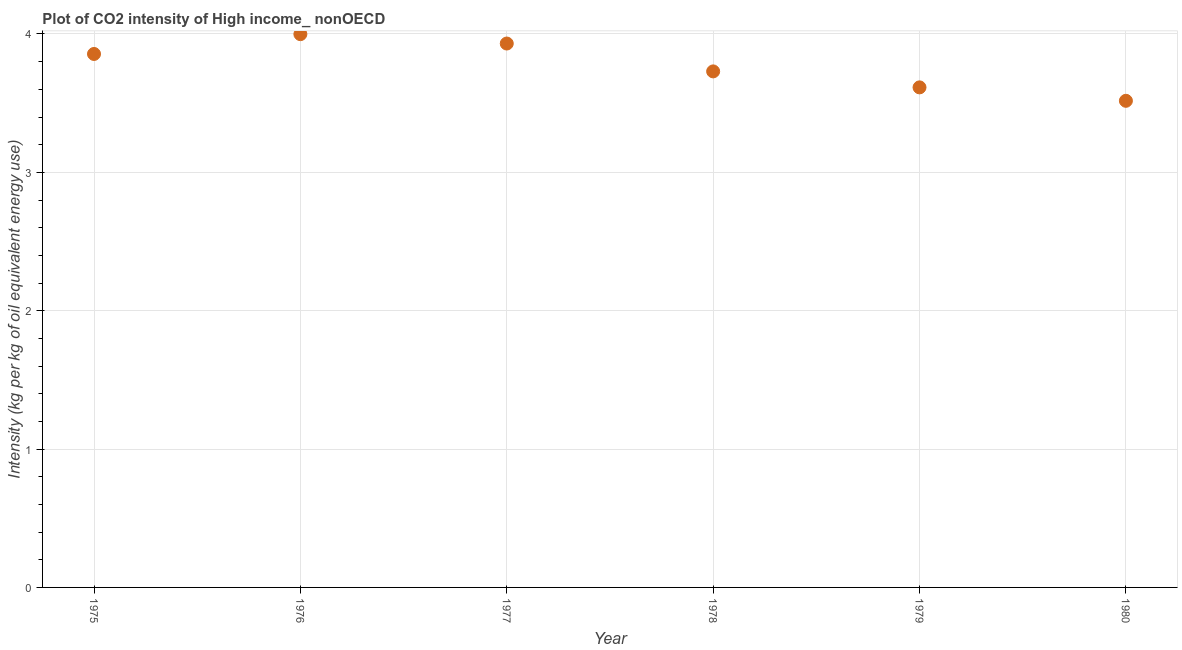
| Year | CO2 intensity |
 | --- | --- |
 | 1975 | 3.86 |
 | 1976 | 4 |
 | 1977 | 3.93 |
 | 1978 | 3.73 |
 | 1979 | 3.61 |
 | 1980 | 3.52 |